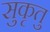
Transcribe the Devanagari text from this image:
सुकृतु